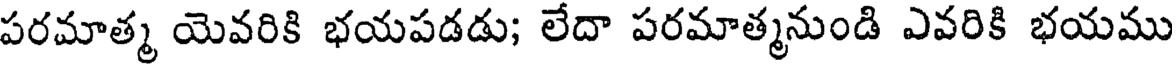
పరమాత్మ యెవరికి భయపడడు; లేదా పరమాత్మనుండి ఎవరికి భయము